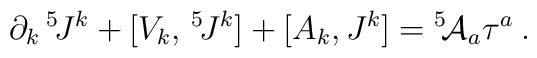
\partial_k\,{}^5\!J^k+[V_k,\,{}^5\!J^k] +[A_k,J^k]={}^5\!{\cal A}_a\tau^a\:.